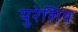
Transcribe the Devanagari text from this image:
युरेशिय